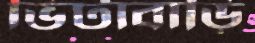
ভিটাবাড়ি